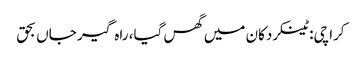
کراچی: ٹینکر دکان میں گھس گیا، راہ گیر جاں بحق